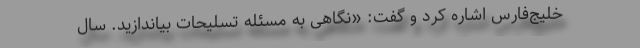
خلیج‌فارس اشاره کرد و گفت: «نگاهی به مسئله تسلیحات بیاندازید. سال